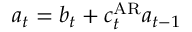
a _ { t } = b _ { t } + c _ { t } ^ { \operatorname { A R } } a _ { t - 1 }